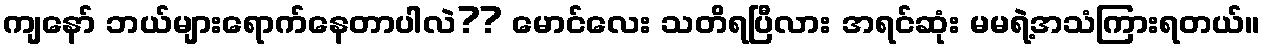
ကျနော် ဘယ်များရောက်နေတာပါလဲ?? မောင်လေး သတိရပြီလား အရင်ဆုံး မမရဲ့အသံကြားရတယ်။